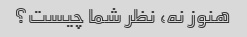
هنوز نه، نظر شما چیست؟